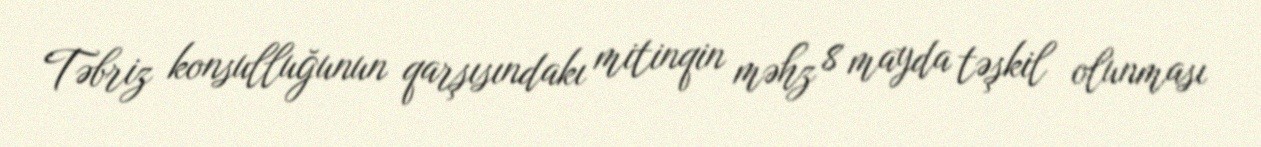
Təbriz konsulluğunun qarşısındakı mitinqin məhz 8 mayda təşkil olunması